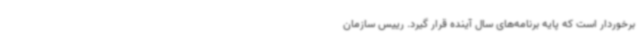
برخوردار است که پایه برنامه‌های سال آینده قرار گیرد. رییس سازمان